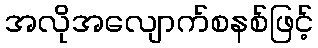
အလိုအလျောက်စနစ်ဖြင့်